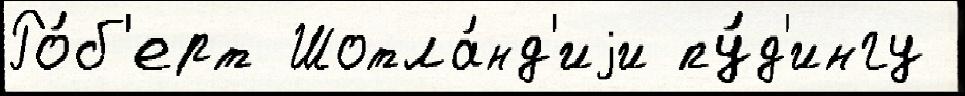
Ро́б'ерт Шотла́нд'иjи пу́д'ингу